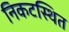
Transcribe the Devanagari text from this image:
निकटस्थित